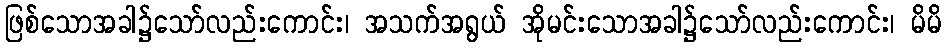
ဖြစ်သောအခါ၌သော်လည်းကောင်း၊ အသက်အရွယ် အိုမင်းသောအခါ၌သော်လည်းကောင်း၊ မိမိ